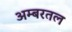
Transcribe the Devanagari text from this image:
अम्बरतल